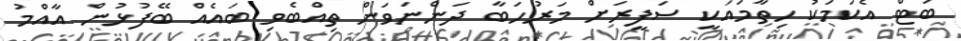
ބަޓް އެކަމަކު ހިތާމައަކީ ސަފީރަށް މަރުހަބާ ދަންނަވަން ތިއްބެވި ބައެއް ބޭފުޅުން އާއްމު